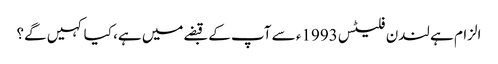
الزام ہے لندن فلیٹس 1993ء سے آپ کے قبضےمیں ہے، کیا کہیں گے؟